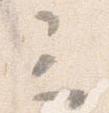
三